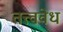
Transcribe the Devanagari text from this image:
तत्त्ववेध